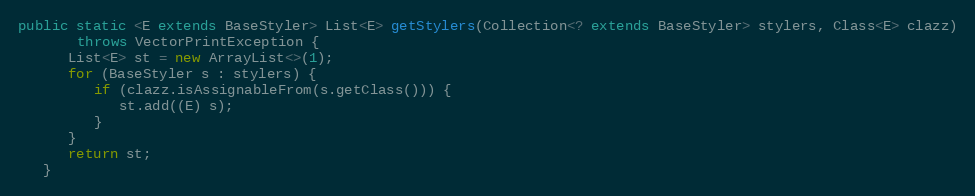
Language: Java
public static <E extends BaseStyler> List<E> getStylers(Collection<? extends BaseStyler> stylers, Class<E> clazz)
       throws VectorPrintException {
      List<E> st = new ArrayList<>(1);
      for (BaseStyler s : stylers) {
         if (clazz.isAssignableFrom(s.getClass())) {
            st.add((E) s);
         }
      }
      return st;
   }